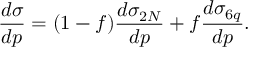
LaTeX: { \frac { d \sigma } { d p } } = ( 1 - f ) { \frac { d \sigma _ { 2 N } } { d p } } + f { \frac { d \sigma _ { 6 q } } { d p } } .